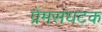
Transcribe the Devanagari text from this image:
प्रेमसंघटक